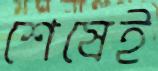
শেষেই